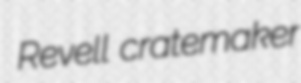
Revell cratemaker